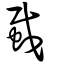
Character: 蛓